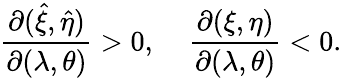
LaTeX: \frac{\partial(\hat{\xi},\hat{\eta})}{\partial(\lambda,\theta)}>0,\; \; \; \; \frac{\partial(\xi,\eta)}{\partial(\lambda,\theta)}<0.